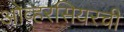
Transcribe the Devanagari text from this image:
ओव्हरसियरची